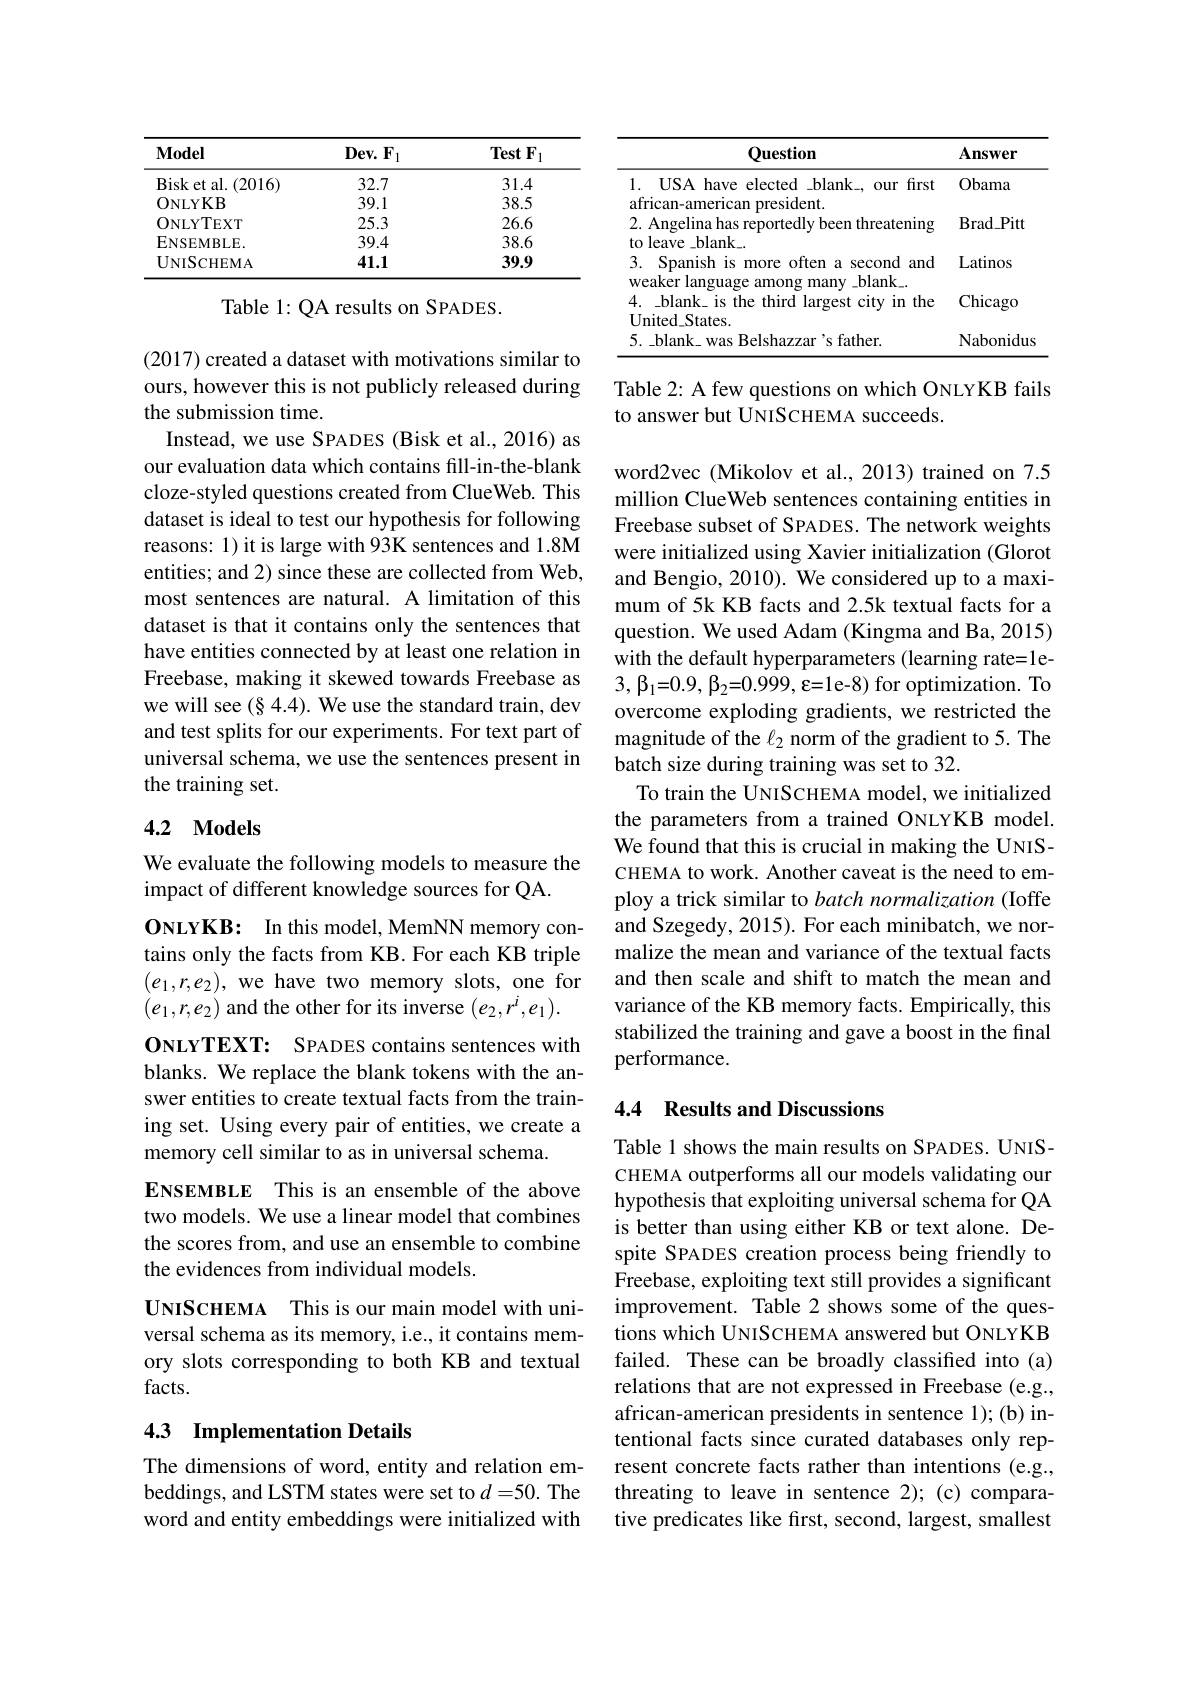
<table>
	<tbody>
		<tr>
			<th>$\mathbf{Model}$</th>
			<th>$Dev.F_{1}$</th>
			<th>TestF</th>
		</tr>
		<tr>
			<td>Bisk et al. ( 2016) </td>
			<td>32.7</td>
			<td>31.4</td>
		</tr>
		<tr>
			<td>ONLYKB</td>
			<td>39.1</td>
			<td>38.5</td>
		</tr>
		<tr>
			<td>ONLYTEXT</td>
			<td>25.3</td>
			<td>26.6</td>
		</tr>
		<tr>
			<td>$ENSEMBLE.$</td>
			<td>39.4</td>
			<td>38.6</td>
		</tr>
		<tr>
			<td>UNISCHEMA</td>
			<td>41.1</td>
			<td>39.9</td>
		</tr>
	</tbody>
</table>

Table 1: QA results on SPADES.

(2017) created a dataset with motivations similar to ours, however this is not publicly released during the submission time.
Instead, we use SPADES (Bisk et al., 2016) as our evaluation data which contains fill-in-the-blank cloze-styled questions created from ClueWeb. This dataset is ideal to test our hypothesis for following reasons: 1) it is large with 93K sentences and 1.8M entities; and 2) since these are collected from Web, most sentences are natural. A limitation of this dataset is that it contains only the sentences that have entities connected by at least one relation in Freebase, making it skewed towards Freebase as we will see (§ 4.4). We use the standard train, dev and test splits for our experiments. For text part of universal schema, we use the sentences present in the training set.

## 4.2 $\mathbf{Models}$

We evaluate the following models to measure the
impact of different knowledge sources for QA.

0NLYKB: In this model, MemNN memory contains only the facts from KB. For each KB triple $(e_1,r,e_2)$,we have two memory slots, one for $(e_1,r,e_2)$ and the other for its inverse $(e_2,r^i,e_1).$ ONLYTEXT: SPADES contains sentences with blanks. We replace the blank tokens with the answer entities to create textual facts from the training set. Using every pair of entities, we create a memory cell similar to as in universal schema.
ENSEMBLE This is an ensemble of the above two models. We use a linear model that combines the scores from, and use an ensemble to combine the evidences from individual models.
UNISCHEMA This is our main model with universal schema as its memory, i.e., it contains memory slots corresponding to both KB and textual facts.

### 4.3 Implementation Details

The dimensions of word, entity and relation embeddings, and LSTM states were set to $d=50.$ The word and entity embeddings were initialized with

<table>
	<tbody>
		<tr>
			<th>Question</th>
			<th>$\mathbf{Answer}$</th>
		</tr>
		<tr>
			<td>1. USA have elected blank, our first african-american president.</td>
			<td>Obama</td>
		</tr>
		<tr>
			<td>2. Angelina has reportedly been threatening to leave\_blank\_</td>
			<td>Brad$\_$Pitt</td>
		</tr>
		<tr>
			<td>3. Spanish is more often a second and</td>
			<td>Latinos</td>
		</tr>
		<tr>
			<td>${\boldsymbol{weake}}$ r language among many -blank\_ 4. blank\_is the third largest city in the Inited Statec</td>
			<td>Chicago</td>
		</tr>
		<tr>
			<td>$5.\_$blank\_was Belshazzar's father.</td>
			<td>Nabonidus</td>
		</tr>
	</tbody>
</table>

Table 2: A few questions on which ONLYKB fails
to answer but UNISCHEMA succeeds.

word2vec (Mikolov et al., 2013) trained on 7.5 million ClueWeb sentences containing entities in Freebase subset of SPADES. The network weights were initialized using Xavier initialization (Glorot and Bengio, 2010). We considered up to a maximum of 5k KB facts and 2.5k textual facts for a question. We used Adam (Kingma and Ba, 2015) with the default hyperparameters (learning rate=1e- $3,\beta_{1}=0.9,\beta_{2}=0.999,\varepsilon=1$e-8) for optimization. To overcome exploding gradients, we restricted the magnitude of the $\ell_2$ norm of the gradient to 5. The batch size during training was set to 32.
To train the UNISCHEMA model, we initialized the parameters from a trained ONLYKB model. We found that this is crucial in making the UNISCHEMA to work. Another caveat is the need to employ a trick similar to batch normalization (Ioffe and Szegedy, 2015). For each minibatch, we normalize the mean and variance of the textual facts and then scale and shift to match the mean and variance of the KB memory facts. Empirically, this stabilized the training and gave a boost in the final performance.

## 4.4 Results and Discussions

Table 1 shows the main results on SPADES. UNISCHEMA outperforms all our models validating our hypothesis that exploiting universal schema for QA is better than using either KB or text alone. Despite SPADES creation process being friendly to Freebase, exploiting text still provides a significant improvement. Table 2 shows some of the questions which UNISCHEMA answered but ONLYKB failed. These can be broadly classified into (a) relations that are not expressed in Freebase (e.g., african-american presidents in sentence 1); (b) intentional facts since curated databases only represent concrete facts rather than intentions (e.g., threating to leave in sentence 2);(c) comparative predicates like first, second, largest, smallest